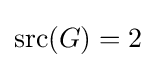
{\text{src}}(G)=2